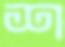
শ